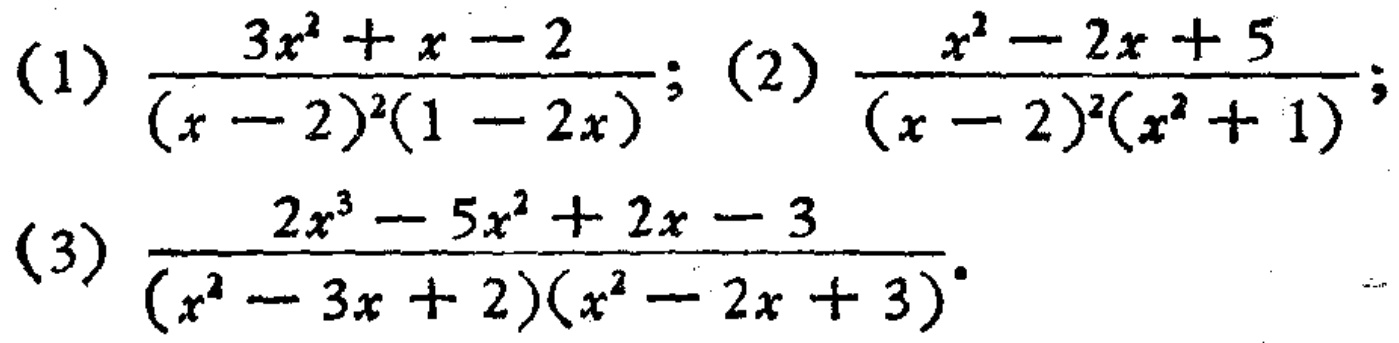
(1) $\frac{3x^{2}+x - 2}{(x - 2)^{2}(1 - 2x)}$; (2) $\frac{x^{2}-2x + 5}{(x - 2)^{2}(x^{2}+1)}$; (3) $\frac{2x^{3}-5x^{2}+2x - 3}{(x^{2}-3x + 2)(x^{2}-2x + 3)}$